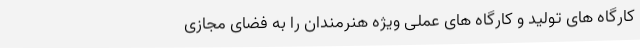
کارگاه های تولید و کارگاه های عملی ویژه هنرمندان را به فضای مجازی